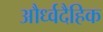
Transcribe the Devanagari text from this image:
और्ध्वदैहिक